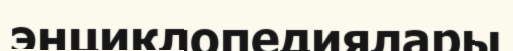
энциклопедиялары